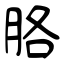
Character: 胳